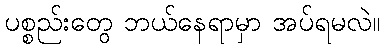
ပစ္စည်းတွေ ဘယ်နေရာမှာ အပ်ရမလဲ။